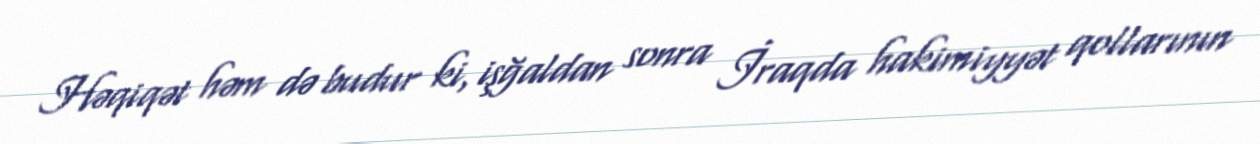
Həqiqət həm də budur ki, işğaldan sonra İraqda hakimiyyət qollarının